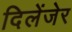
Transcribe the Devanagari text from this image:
दिलेंजेर